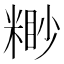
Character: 𥻠